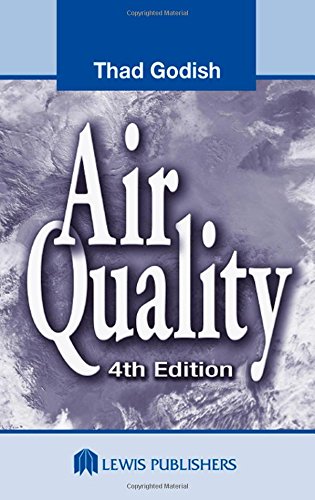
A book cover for Air Quality, Fourth Edition; Thad Godish; Science & Math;